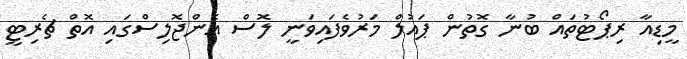
މީޑިއާ ރިޕޯޓުތައް ބުނާ ގޮތުން ޕައުލް މަރުވެފައިވަނީ ލޮސް އެންޖޮލިސްގައި އޮތް ޗެރިޓީ